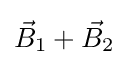
{\vec {B}}_{1}+{\vec {B}}_{2}